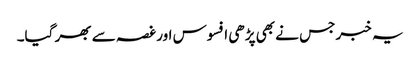
یہ خبر جس نے بھی پڑھی افسوس اور غصہ سے بھر گیا۔